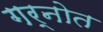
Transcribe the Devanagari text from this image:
गर्नोत